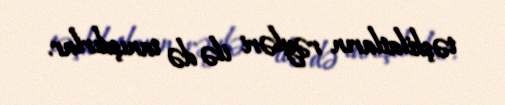
təşkilatların rəyləri ilə də tanışdırlar.